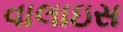
વાલાઇસ